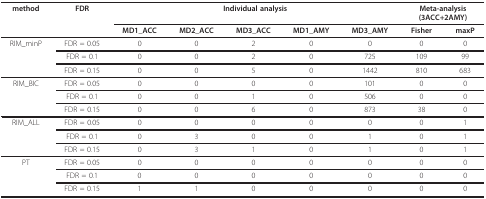
<table><thead><tr><td><b>method</b></td><td><b>FDR</b></td><td colspan="5"><b>Individual analysis</b></td><td colspan="2"><b>Meta-analysis(3ACC+2AMY)</b></td></tr><tr><td></td><td></td><td><b>MD1_ACC</b></td><td><b>MD2_ACC</b></td><td><b>MD3_ACC</b></td><td><b>MD1_AMY</b></td><td><b>MD3_AMY</b></td><td><b>Fisher</b></td><td><b>maxP</b></td></tr></thead><tbody><tr><td>RIM_minP</td><td>FDR = 0.05</td><td>0</td><td>0</td><td>2</td><td>0</td><td>0</td><td>0</td><td>0</td></tr><tr><td></td><td>FDR = 0.1</td><td>0</td><td>0</td><td>2</td><td>0</td><td>725</td><td>109</td><td>99</td></tr><tr><td></td><td>FDR = 0.15</td><td>0</td><td>0</td><td>5</td><td>0</td><td>1442</td><td>810</td><td>683</td></tr><tr><td>RIM_BIC</td><td>FDR = 0.05</td><td>0</td><td>0</td><td>0</td><td>0</td><td>101</td><td>0</td><td>0</td></tr><tr><td></td><td>FDR = 0.1</td><td>0</td><td>0</td><td>1</td><td>0</td><td>506</td><td>0</td><td>0</td></tr><tr><td></td><td>FDR = 0.15</td><td>0</td><td>0</td><td>6</td><td>0</td><td>873</td><td>38</td><td>0</td></tr><tr><td>RIM_ALL</td><td>FDR = 0.05</td><td>0</td><td>0</td><td>0</td><td>0</td><td>0</td><td>0</td><td>1</td></tr><tr><td></td><td>FDR = 0.1</td><td>0</td><td>3</td><td>0</td><td>0</td><td>1</td><td>0</td><td>1</td></tr><tr><td></td><td>FDR = 0.15</td><td>0</td><td>3</td><td>1</td><td>0</td><td>1</td><td>0</td><td>1</td></tr><tr><td>PT</td><td>FDR = 0.05</td><td>0</td><td>0</td><td>0</td><td>0</td><td>0</td><td>0</td><td>0</td></tr><tr><td></td><td>FDR = 0.1</td><td>0</td><td>0</td><td>0</td><td>0</td><td>0</td><td>0</td><td>0</td></tr><tr><td></td><td>FDR = 0.15</td><td>1</td><td>1</td><td>0</td><td>0</td><td>0</td><td>0</td><td>0</td></tr></tbody></table>